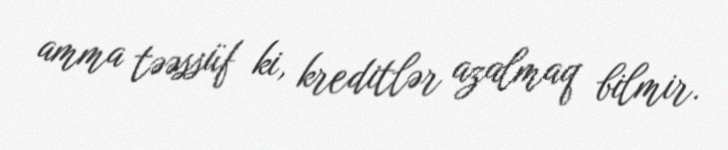
amma təəssüf ki, kreditlər azalmaq bilmir.